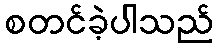
စတင်ခဲ့ပါသည်